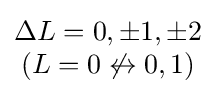
{\begin{matrix}\Delta L=0,\pm 1,\pm 2\\(L=0\not \leftrightarrow 0,1)\end{matrix}}